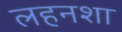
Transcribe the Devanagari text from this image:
लहनशा